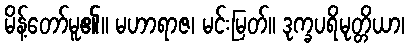
မိန့်တော်မူ၏။ မဟာရာဇ၊ မင်းမြတ်။ ဒုက္ခပရိမုတ္တိယာ၊